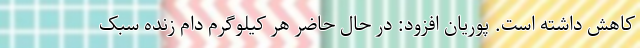
کاهش داشته است. پوریان افزود: در حال حاضر هر کیلوگرم دام زنده سبک